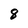
Character: 8